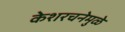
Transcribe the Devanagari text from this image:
केशरचनेमुळे